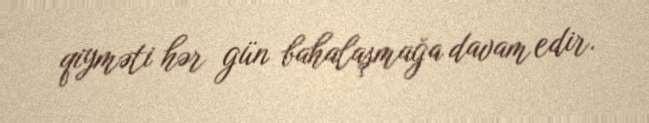
qiyməti hər gün bahalaşmağa davam edir.